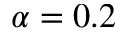
\alpha = 0 . 2